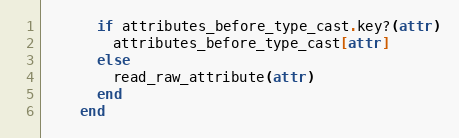
Language: Ruby
      if attributes_before_type_cast.key?(attr)
        attributes_before_type_cast[attr]
      else
        read_raw_attribute(attr)
      end
    end